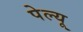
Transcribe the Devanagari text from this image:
पेल्यू